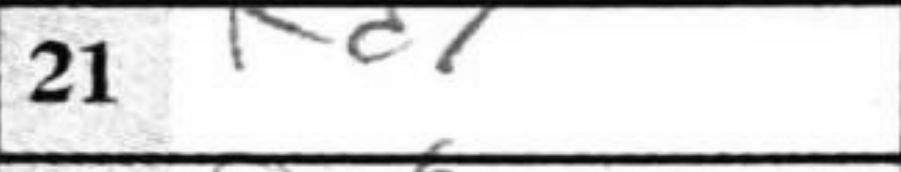
Transcription: Rd7